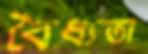
বৈধ্যতা